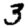
Digit: 3